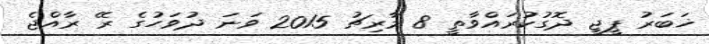
ޚަބަރު ޕީޖީ ދޮގުކުރައްވާތީ 8 މާރިޗު 2015 ވަނަ ދުވަހުގެ ރޭ ރާއްޖެ